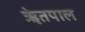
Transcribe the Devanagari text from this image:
ॠेतपाल